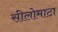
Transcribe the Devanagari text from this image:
सीलोमाटा